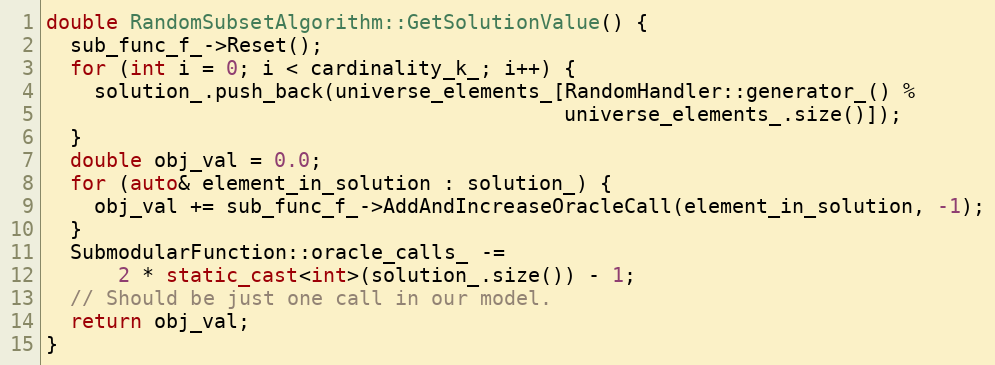
Language: C++
double RandomSubsetAlgorithm::GetSolutionValue() {
  sub_func_f_->Reset();
  for (int i = 0; i < cardinality_k_; i++) {
    solution_.push_back(universe_elements_[RandomHandler::generator_() %
                                           universe_elements_.size()]);
  }
  double obj_val = 0.0;
  for (auto& element_in_solution : solution_) {
    obj_val += sub_func_f_->AddAndIncreaseOracleCall(element_in_solution, -1);
  }
  SubmodularFunction::oracle_calls_ -=
      2 * static_cast<int>(solution_.size()) - 1;
  // Should be just one call in our model.
  return obj_val;
}